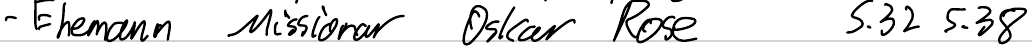
- Ehemann Missionar Oskar Rose  S.32 S.38